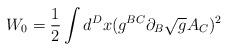
LaTeX: \begin{align*}W_{0}=\frac{1}{2}\int d^{D}x(g^{BC}\partial_{B}\sqrt{g}A_{C})^{2}\end{align*}